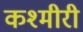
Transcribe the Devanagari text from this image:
कश्‍मीरी